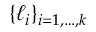
\{ \ell _ { i } \} _ { i = 1 , \ldots , k }